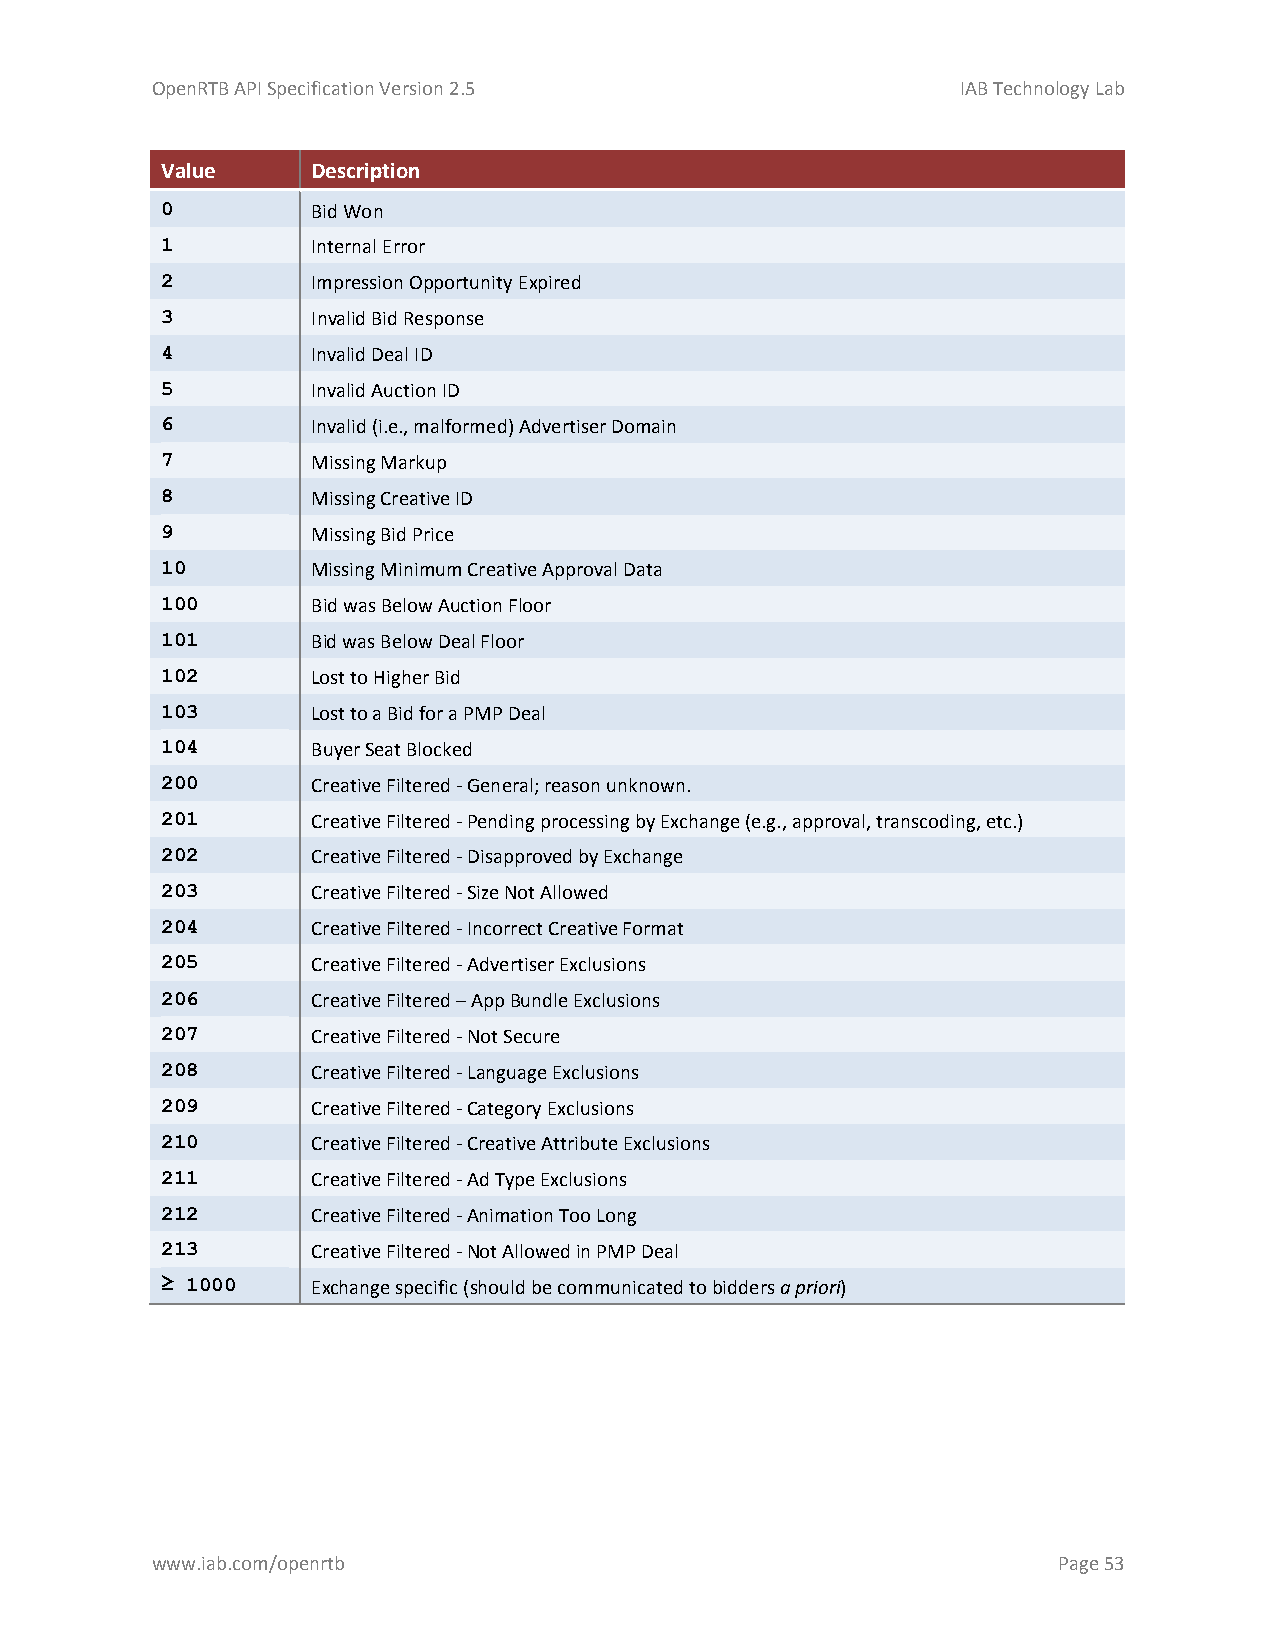
OpenRTB API Specification Version 2.5                 IAB Technology Lab
 Value     Description
 0         Bid Won
 1         Internal Error
 2         Impression Opportunity Expired
 3         Invalid Bid Response
 4         Invalid Deal ID
 5         Invalid Auction ID
 6         Invalid (i.e., malformed) Advertiser Domain
 7         Missing Markup
 8         Missing Creative ID
 9         Missing Bid Price
 10        Missing Minimum Creative Approval Data
 100       Bid was Below Auction Floor
 101       Bid was Below Deal Floor
 102       Lost to Higher Bid
 103       Lost to a Bid for a PMP Deal
 104       Buyer Seat Blocked
 200       Creative Filtered - General; reason unknown.
 201       Creative Filtered - Pending processing by Exchange (e.g., approval, transcoding, etc.)
 202       Creative Filtered - Disapproved by Exchange
 203       Creative Filtered - Size Not Allowed
 204       Creative Filtered - Incorrect Creative Format
 205       Creative Filtered - Advertiser Exclusions
 206       Creative Filtered – App Bundle Exclusions
 207       Creative Filtered - Not Secure
 208       Creative Filtered - Language Exclusions
 209       Creative Filtered - Category Exclusions
 210       Creative Filtered - Creative Attribute Exclusions
 211       Creative Filtered - Ad Type Exclusions
 212       Creative Filtered - Animation Too Long
 213       Creative Filtered - Not Allowed in PMP Deal
 ≥ 1000    Exchange specific (should be communicated to bidders a priori)
 www.iab.com/openrtb                                         Page 53